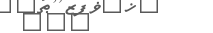
١١٦